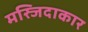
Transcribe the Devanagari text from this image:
मस्जिदाकार